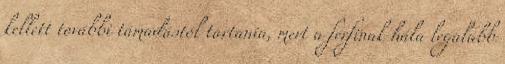
kellett további támadástól tartania, mert a férfinak hála legalább